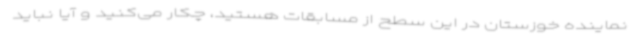
نماینده خوزستان در این سطح از مسابقات هستید، چکار می‌کنید و آیا نباید